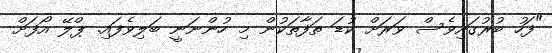
"ފަހު ބުރުގައިވެސް ވަރަށް ކުޑަ ތަފާތަކުން މި ހުންނަނީ ބަލިވެފައި. ޕްލޭ އޯފަށް